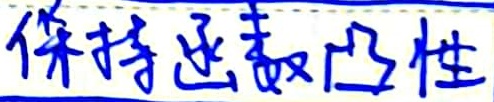
保持函数凸性